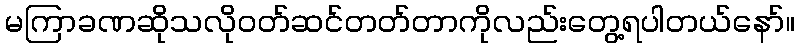
မကြာခဏဆိုသလို၀တ်ဆင်တတ်တာကိုလည်းတွေ့ရပါတယ်နော်။